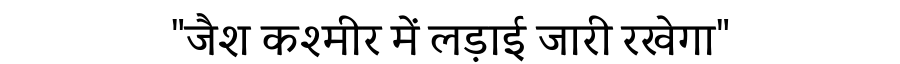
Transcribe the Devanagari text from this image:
"जैश कश्मीर में लड़ाई जारी रखेगा"